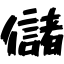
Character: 儲